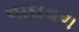
વાઘવળ